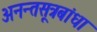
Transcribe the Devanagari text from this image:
अनन्तसूत्रबांधा